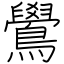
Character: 鷽